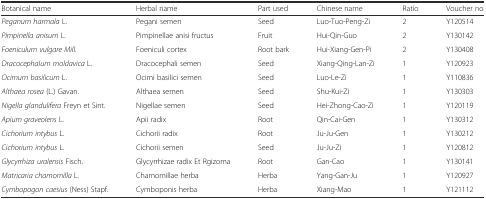
| Botanical name | Herbal name | Part used | Chinese name | Ratio | Voucher no |
 | --- | --- | --- | --- | --- | --- |
 | Peganum harmala L. | Pegani semen | Seed | Luo-Tuo-Peng-Zi | 2 | Y120514 |
 | Pimpinella anisum L. | Pimpinellae anisi fructus | Fruit | Hui-Qin-Guo | 2 | Y130142 |
 | Foeniculum vulgare Mill. | Foeniculi cortex | Root bark | Hui-Xiang-Gen-Pi | 2 | Y130408 |
 | Dracocephalum moldavica L. | Dracocephali semen | Seed | Xiang-Qing-Lan-Zi | 1 | Y120923 |
 | Ocimum basilicum L. | Ocimi basilici semen | Seed | Luo-Le-Zi | 1 | Y110836 |
 | Althaea rosea (L.) Gavan. | Althaea semen | Seed | Shu-Kui-Zi | 1 | Y130303 |
 | Nigella glandulifera Freyn et Sint. | Nigellae semen | Seed | Hei-Zhong-Cao-Zi | 1 | Y120119 |
 | Apium graveolens L. | Apii radix | Root | Qin-Cai-Gen | 1 | Y130312 |
 | Cichorium intybus L. | Cichorii radix | Root | Ju-Ju-Gen | 1 | Y130212 |
 | Cichorium intybus L. | Cichorii semen | Seed | Ju-Ju-Zi | 1 | Y120812 |
 | Glycyrrhiza uralensis Fisch. | Glycyrrhizae radix Et Rgizoma | Root | Gan-Cao | 1 | Y130141 |
 | Matricaria chamomilla L. | Chamomillae herba | Herba | Yang-Gan-Ju | 1 | Y120927 |
 | Cymbopogon caesius (Ness) Stapf. | Cymboponis herba | Herba | Xiang-Mao | 1 | Y121112 |